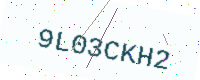
Text: 9L03CKH2